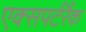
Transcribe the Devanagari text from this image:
एक्सपर्टरैंक